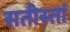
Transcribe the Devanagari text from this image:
सतीस्तां